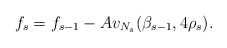
\begin{align*}f_{s} = f_{s-1}-Av_{N_{s}}(\beta_{s-1}, 4\rho_{s}).\end{align*}